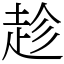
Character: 趁